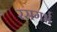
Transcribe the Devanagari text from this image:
रसगर्भ